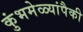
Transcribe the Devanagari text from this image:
कुंभमेळ्यांपैकी